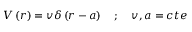
V \left( r \right) = v \delta \left( r - a \right) \quad ; \quad v , a = c t e